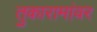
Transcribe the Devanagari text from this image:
तुकारामांवर